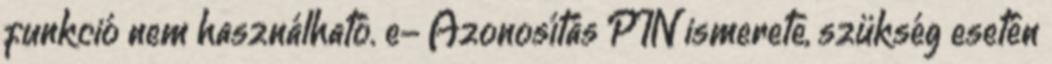
funkció nem használható. e- Azonosítás PIN ismerete, szükség esetén